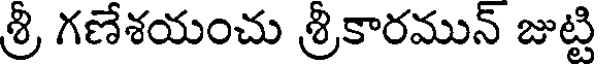
శ్రీ గణేశయంచు శ్రీకారమున్ జుట్టి